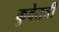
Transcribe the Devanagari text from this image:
कुवेतची